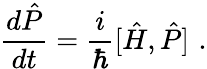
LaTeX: {\frac{d{\hat{P}}}{dt}}={\frac{i}{\hbar}}[{\hat{H}},{\hat{P}}]\, \, .